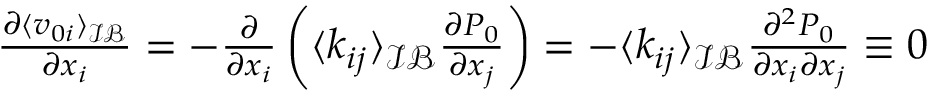
\begin{array} { r l } & { \frac { \partial \langle v _ { 0 i } \rangle _ { \mathcal { I B } } } { \partial x _ { i } } = - \frac { \partial } { \partial x _ { i } } \left( \langle k _ { i j } \rangle _ { \mathcal { I B } } \frac { \partial P _ { 0 } } { \partial x _ { j } } \right) = - \langle k _ { i j } \rangle _ { \mathcal { I B } } \frac { \partial ^ { 2 } P _ { 0 } } { \partial x _ { i } \partial x _ { j } } \equiv 0 } \end{array}